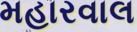
મહારવાલ